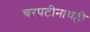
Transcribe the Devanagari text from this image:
चरपटीनाथही